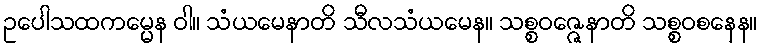
ဥပေါသထကမ္မေန ဝါ။ သံယမေနာတိ သီလသံယမေန။ သစ္စဝဇ္ဇေနာတိ သစ္စဝစနေန။